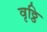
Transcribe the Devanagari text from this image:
वृठ्ठि